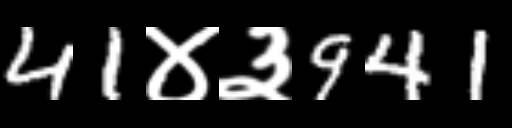
Text: 41४३941